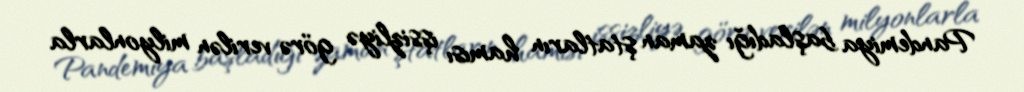
Pandemiya başladığı zaman ştatların hamısı işsizliyə görə verilən milyonlarla